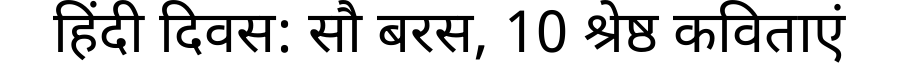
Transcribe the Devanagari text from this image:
हिंदी दिवस: सौ बरस, 10 श्रेष्ठ कविताएं